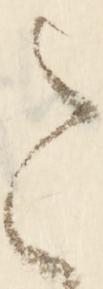
こ